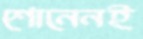
শোনেনই